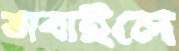
ভাবাইলে